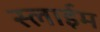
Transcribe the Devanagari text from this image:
स्लाईम